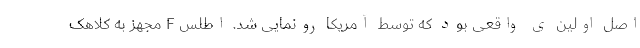
اصل اولین ی واقعی بود که توسط آمریکا رونمایی شد. اطلس F مجهز به کلاهک